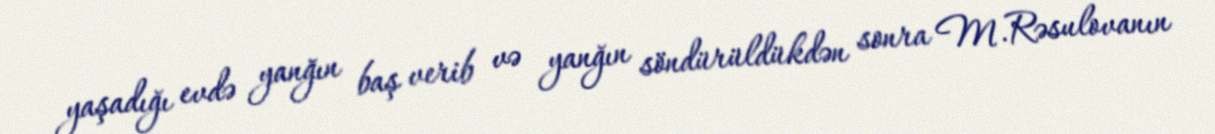
yaşadığı evdə yanğın baş verib və yanğın söndürüldükdən sonra M.Rəsulovanın